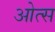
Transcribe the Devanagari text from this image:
ओत्स